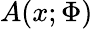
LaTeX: A(x;\Phi)